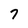
Character: 7